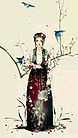
凭仗丹青重省识，盈盈，一片伤心画不成。